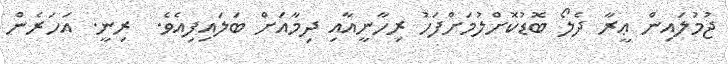
ޖުމުލައިން ޢީރާ ދެލޯ ބޮޑުކޮށްލުމަށްފަހު ރިހާނީއާއި ދިމާއަށް ބަލައިފިއެވެ.  ރިނީ. އަހަރެން